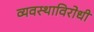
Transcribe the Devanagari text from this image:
व्यवस्थाविरोधी